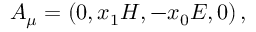
A _ { \mu } = \left( 0 , x _ { 1 } H , - x _ { 0 } E , 0 \right) ,